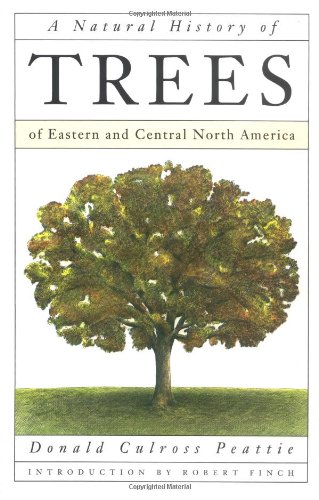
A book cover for A Natural History of Trees of Eastern and Central North America; Donald Peattie; Crafts, Hobbies & Home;